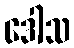
ဒေါသ